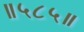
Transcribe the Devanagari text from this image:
॥५८५॥